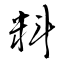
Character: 料